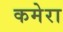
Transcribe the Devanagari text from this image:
कमेरा